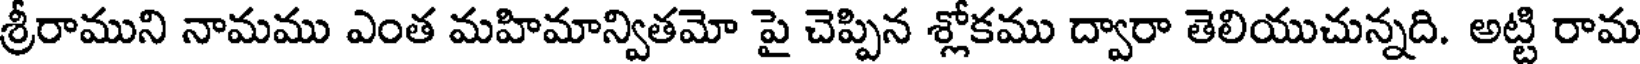
శ్రీరాముని నామము ఎంత మహిమాన్వితమో పై చెప్పిన శ్లోకము ద్వారా తెలియుచున్నది. అట్టి రామ